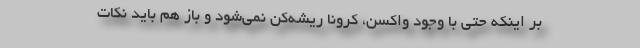
بر اینکه حتی با وجود واکسن، کرونا ریشه‌کن نمی‌شود و باز هم باید نکات